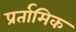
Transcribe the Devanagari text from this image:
प्रर्तामिक